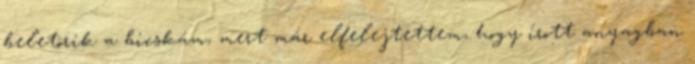
beletörik a bicskám, mert már elfelejtettem, hogy írott anyagban